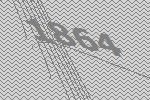
1864